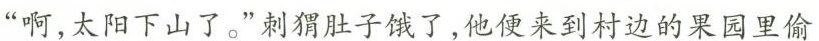
”啊，太阳下山了。”刺猬肚子饿了，他便来到村边的果园里偷